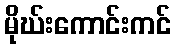
မိုဃ်းကောင်းကင်